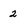
Character: 2